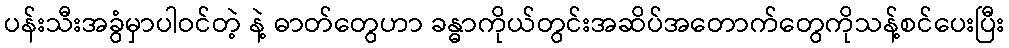
ပန်းသီးအခွံမှာပါဝင်တဲ့ နဲ့ ဓာတ်တွေဟာ ခန္ဓာကိုယ်တွင်းအဆိပ်အတောက်တွေကိုသန့်စင်ပေးပြီး